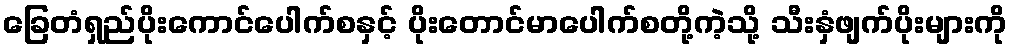
ခြေတံရှည်ပိုးကောင်ပေါက်စနှင့် ပိုးတောင်မာပေါက်စတို့ကဲ့သို့ သီးနှံဖျက်ပိုးများကို